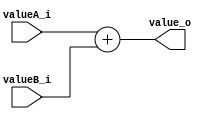
module Adder (
    input [31:0] valueA_i, valueB_i,
    output [31:0] value_o
);
    assign value_o = valueA_i + valueB_i;
endmodule